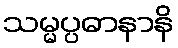
သမ္မပ္ပဓာနာနိ